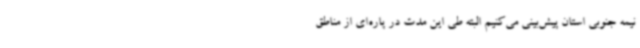
نیمه جنوبی استان پیش‌بینی می‌کنیم البته طی این مدت در پاره‌ای از مناطق